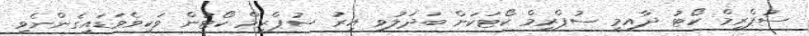
ސުޕްރީމް ކޯޓު ދާއިމީ ސުޕްރީމް ކޯޓަކަށް ބަދަލުވި އިރު ސުޕްރީމް ކޯޓުން ވަކިވެވަޑައިގެންނެވި